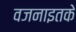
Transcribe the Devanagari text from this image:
वजनाइतके